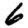
Digit: 6